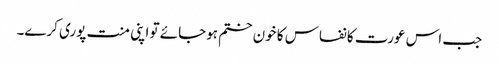
جب اس عورت کا نفاس کا خون ختم ہوجائے تو اپنی منت پوری کرے۔